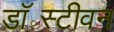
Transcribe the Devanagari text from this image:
डॉ॰स्टीवन